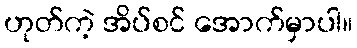
ဟုတ်ကဲ့ အိပ်စင် အောက်မှာပါ။